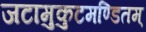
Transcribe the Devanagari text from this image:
जटामुकुटमण्डितम्‌